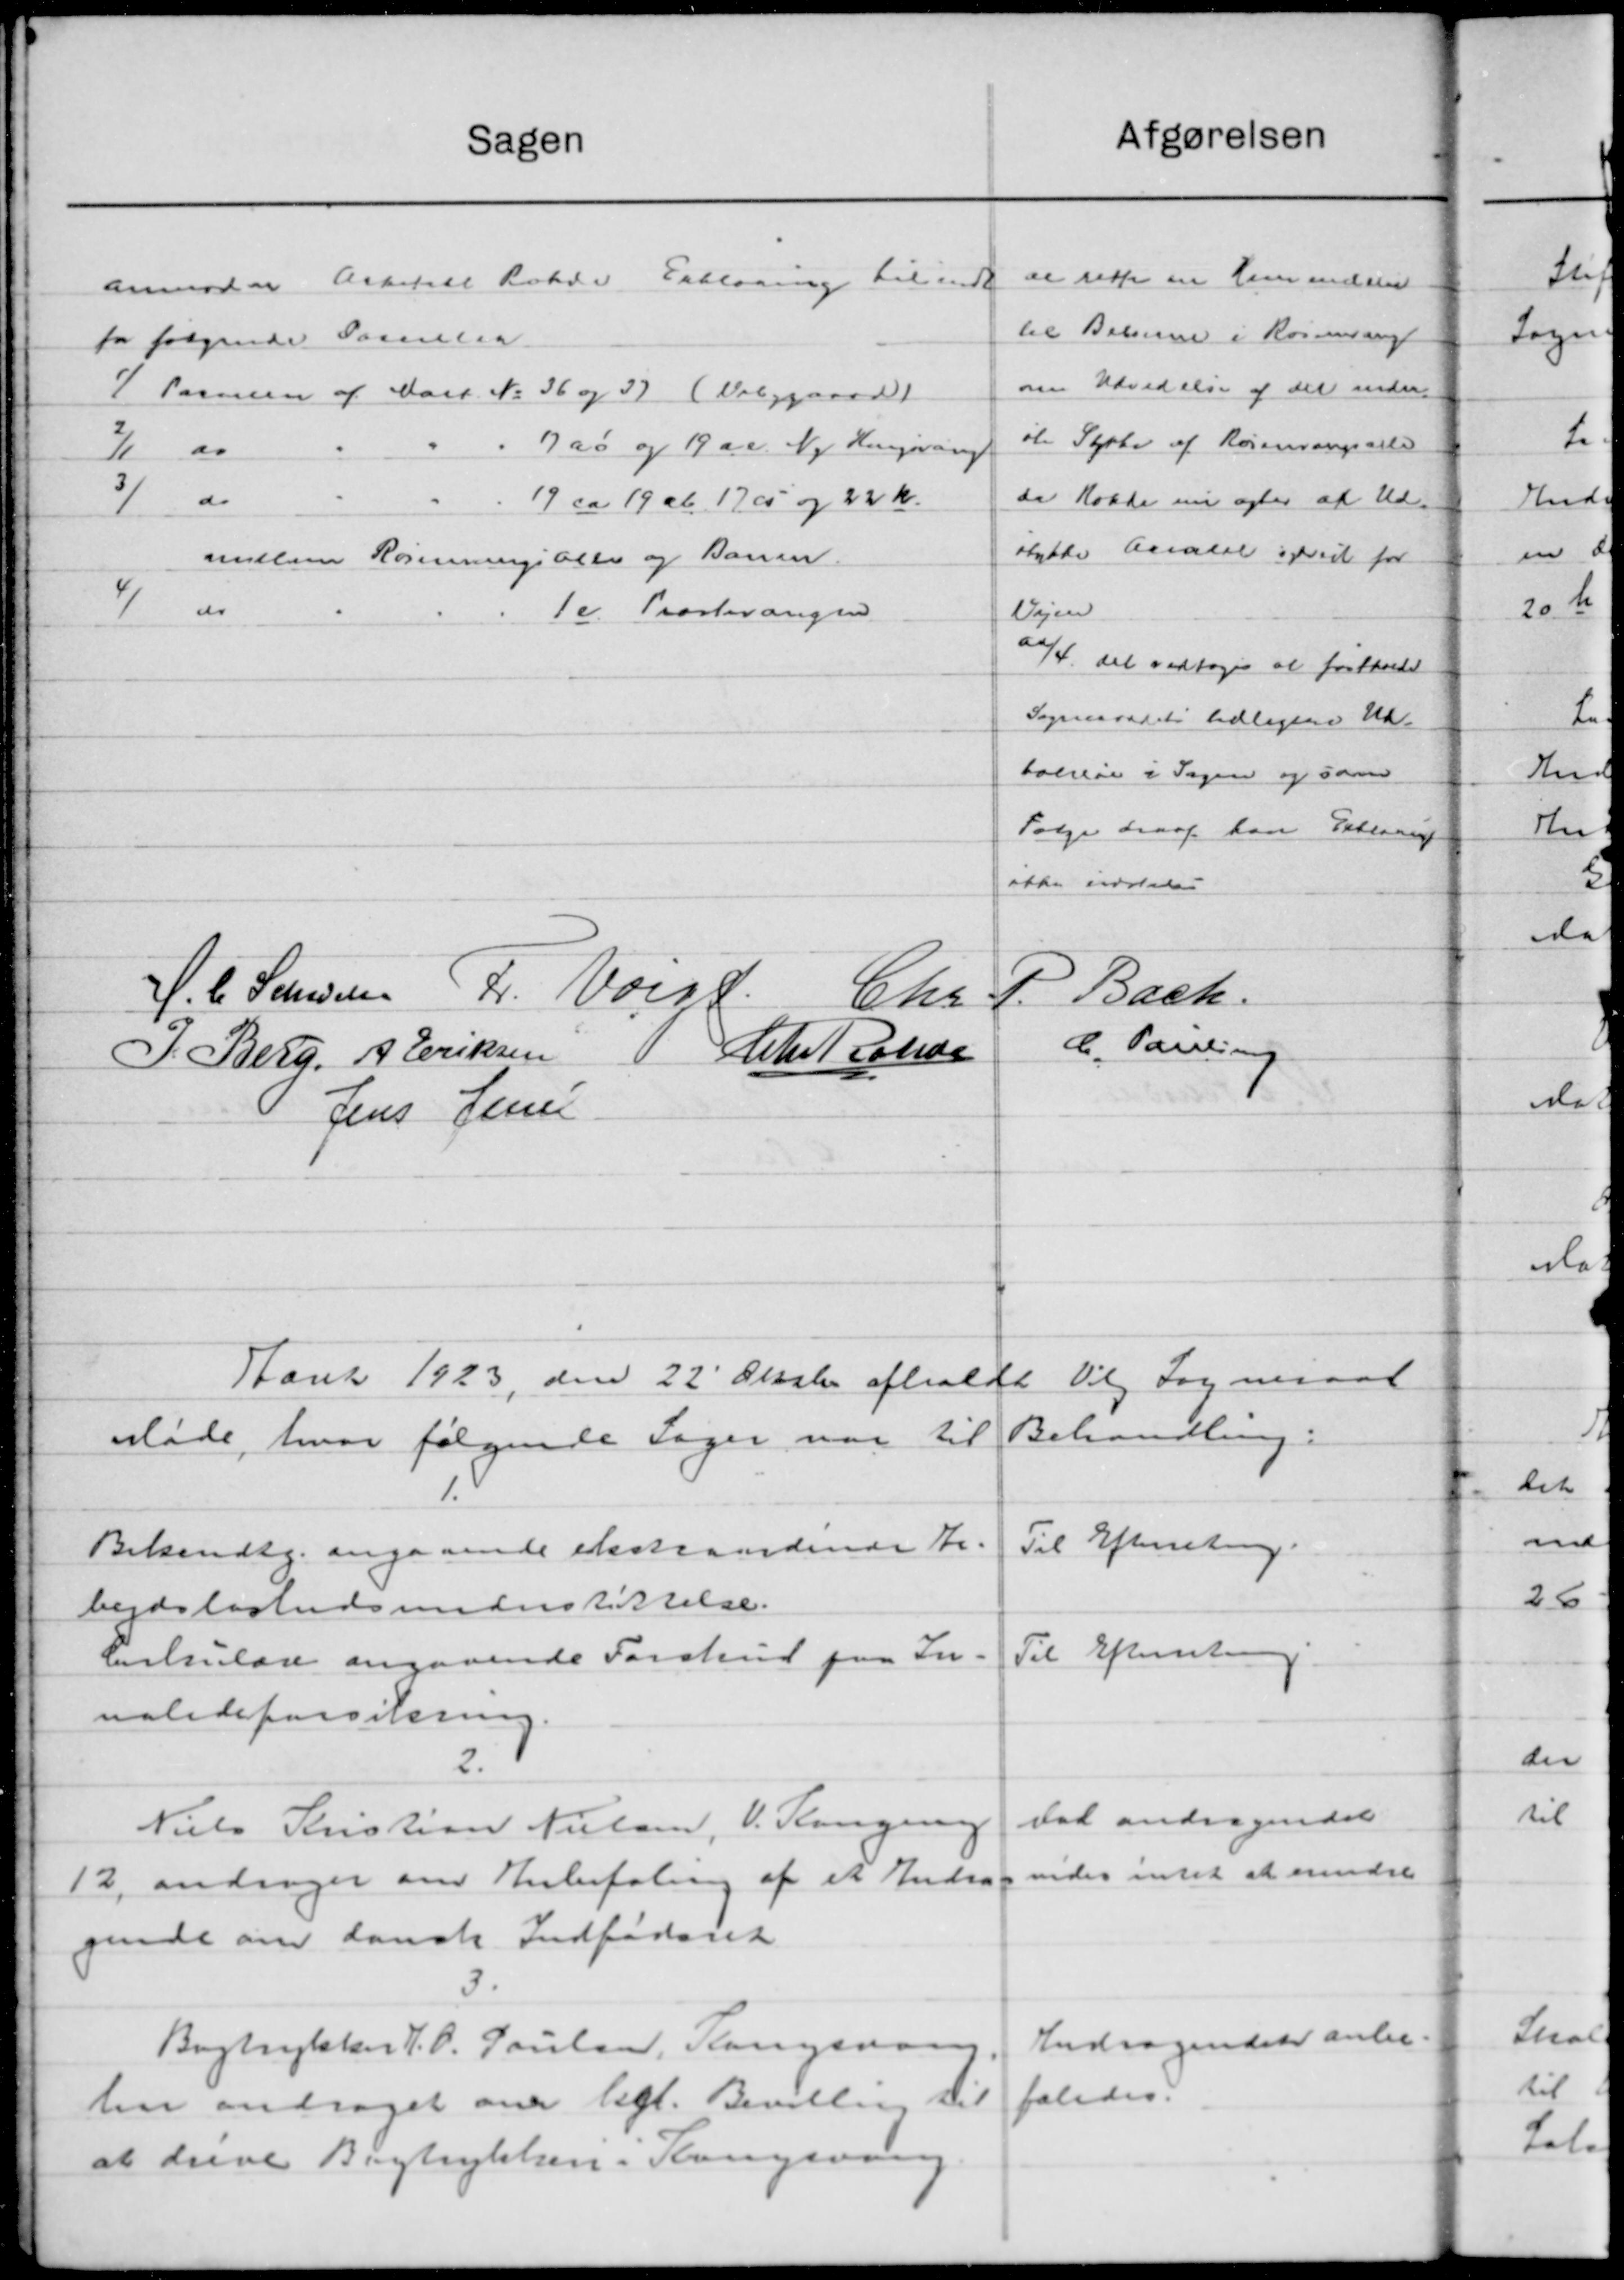
Transskription:
Afgørelsen
Sagen
ar rette en henvendstil
anmoder Arkitell Rohde Erklæring til indt
til Beboerne i Rossessen
for følgende Samler
om Udvidelse af det under
7 Pormen af Mart. No 36 og 37 (Vebygaard)
øle Skøbe af Rørensangsalle
7ao og 1900. Ny Hengøring
2/1 do
3 d
da Kolde nu agter at Ud-
" 19 ca 19 ab 1705 og 22 Kr.
stytte Andere ved for
mellem Rørenningsblev og Banen.
4 "
Vejen
10. Præstevangen
2/4. Det vedtoges at forstandet
Sogneraadets tidligere Ud-
boerese i Sagen og sam
Følge draaf kan Erklæring
ikke indstede
J. C. Stensen R. Vorst
P. Bach.
Chr
C. Paul og
1
Chr Rande
P. Berg, A. Eriksen
Jens Jensen
Aaret 1923 den 22' Oktbr afholdt Valg Sogneraad
Møde, hvor følgende Sager var til Behandling.
Til Efterretning.
Bekendtg. angaaende ekstrandende Kr.
bejdsløshedsunderstøttelse.
Til Efterretning
Cirkulære angaaende Forskud paa In-
valideforsikring.
2.
Dal andragendet
Niels Kristian Nielsen, V. Langern
vider intet at erindre
12, andrager om Anbefaling af et Andrag
gende om dansk Indfødsret
3
Andragendet anbe-
Bogtrykker J. P. Poulsen, Kongsvar
faledes.
hn andraget over Kgl. Bevillig til
at drive Bogtrykkeri i Kongsvan